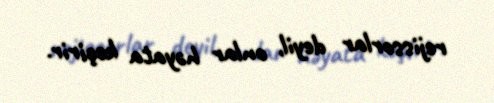
rejissorlar deyil, onlar həyata keçirir.